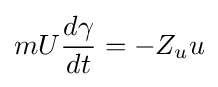
mU{\frac {d\gamma }{dt}}=-Z_{u}u